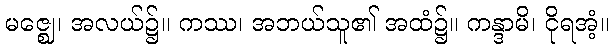
မဇ္ဈေ၊ အလယ်၌။ ကဿ၊ အဘယ်သူ၏ အထံ၌။ ကန္ဒာမိ၊ ငိုရအံ့။